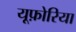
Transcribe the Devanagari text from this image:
यूफ़ोरिया